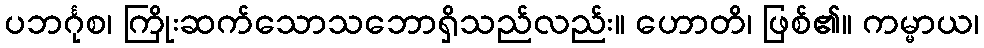
ပဘင်္ဂုစ၊ ကြိုးဆက်သောသဘောရှိသည်လည်း။ ဟောတိ၊ ဖြစ်၏။ ကမ္မာယ၊